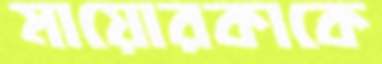
মায়োরকাকে